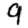
Digit: 9